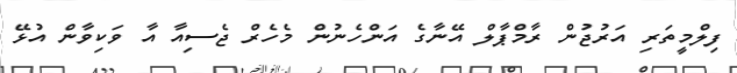
ފިލްމީތަރި އަރުޖުން ރާމްޕާލް އޭނާގެ އަންހެނުން މެހެރް ޖެސިއާ އާ ވަކިވާން އުޅޭ